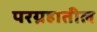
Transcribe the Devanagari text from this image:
परग्रहातील